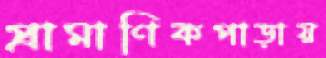
প্রামাণিকপাড়ায়